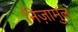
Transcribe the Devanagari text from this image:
निज़ामुल